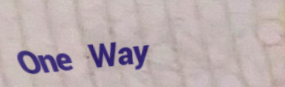
One Way